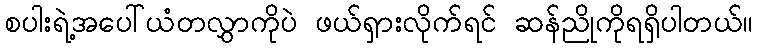
စပါးရဲ့အပေါ်ယံတလွှာကိုပဲ ဖယ်ရှားလိုက်ရင် ဆန်ညိုကိုရရှိပါတယ်။